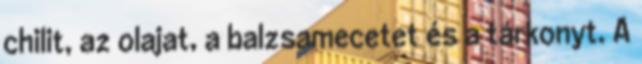
chilit, az olajat, a balzsamecetet és a tárkonyt. A